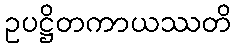
ဥပဋ္ဌိတကာယဿတိ